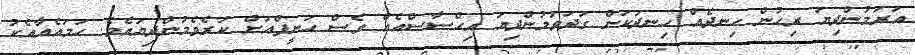
އަރަމުންދިޔަ ރިހުން ހިނދެއް ހިނދަކަށް ގަދަވަމުންދިޔަ އިޙްސާސްއެއް ވެސް ހަނީފްއަށް ކުރެވެމުންދިޔައެވެ. ހަމައެއާއެކު